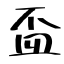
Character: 盃